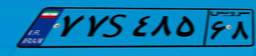
۷۷S۴۸۵۶۸